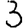
Digit: 3